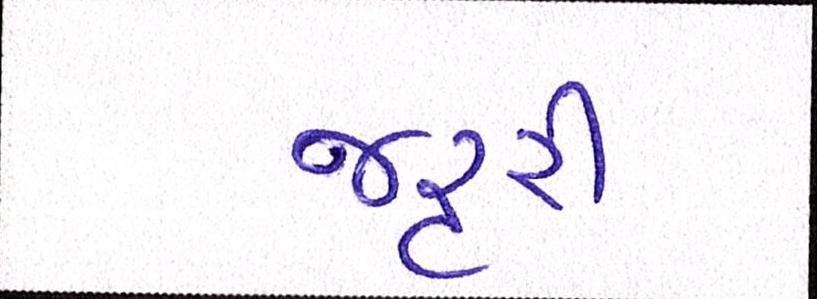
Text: જરૃરી